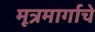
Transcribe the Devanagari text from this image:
मूत्रमार्गाचे